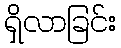
ရှိလာခြင်း